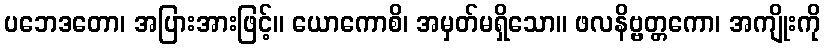
ပဘေဒတော၊ အပြားအားဖြင့်။ ယောကောစိ၊ အမှတ်မရှိသော။ ဖလနိဗ္ဗတ္တကော၊ အကျိုးကို